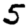
Digit: 5